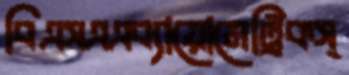
বিএসএএব্যায়োমেট্রিকস্